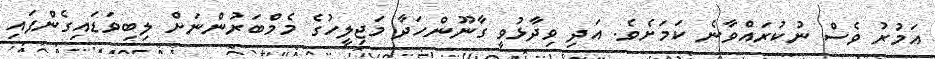
އަމުރު ވެސް ނުކުރައްވާނެ ކަމަށެވެ. އަދި ވިދާޅުވީ ގާނޫންހަދާ މަޖިލީހުގެ މެމްބަރުންނަށް ލިބިވަޑައިގެންފައި